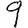
Digit: 9